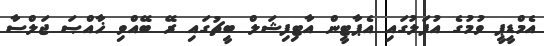
އެމްޑީޕީ ވުމުގެ އުފަލުގައި އެޕާޓީން އާޓިފިޝަލް ބީޗުގައި ރޭ ބޭއްވި ޚާއްޞަ ޖަލްސާ